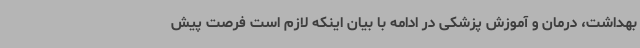
بهداشت، درمان و آموزش پزشکی در ادامه با بیان اینکه لازم است فرصت پیش